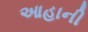
આહાની